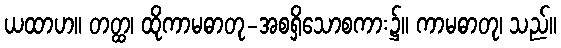
ယထာဟ။ တတ္ထ၊ ထိုကာမဓာတု-အစရှိသောစကား၌။ ကာမဓာတု၊ သည်။